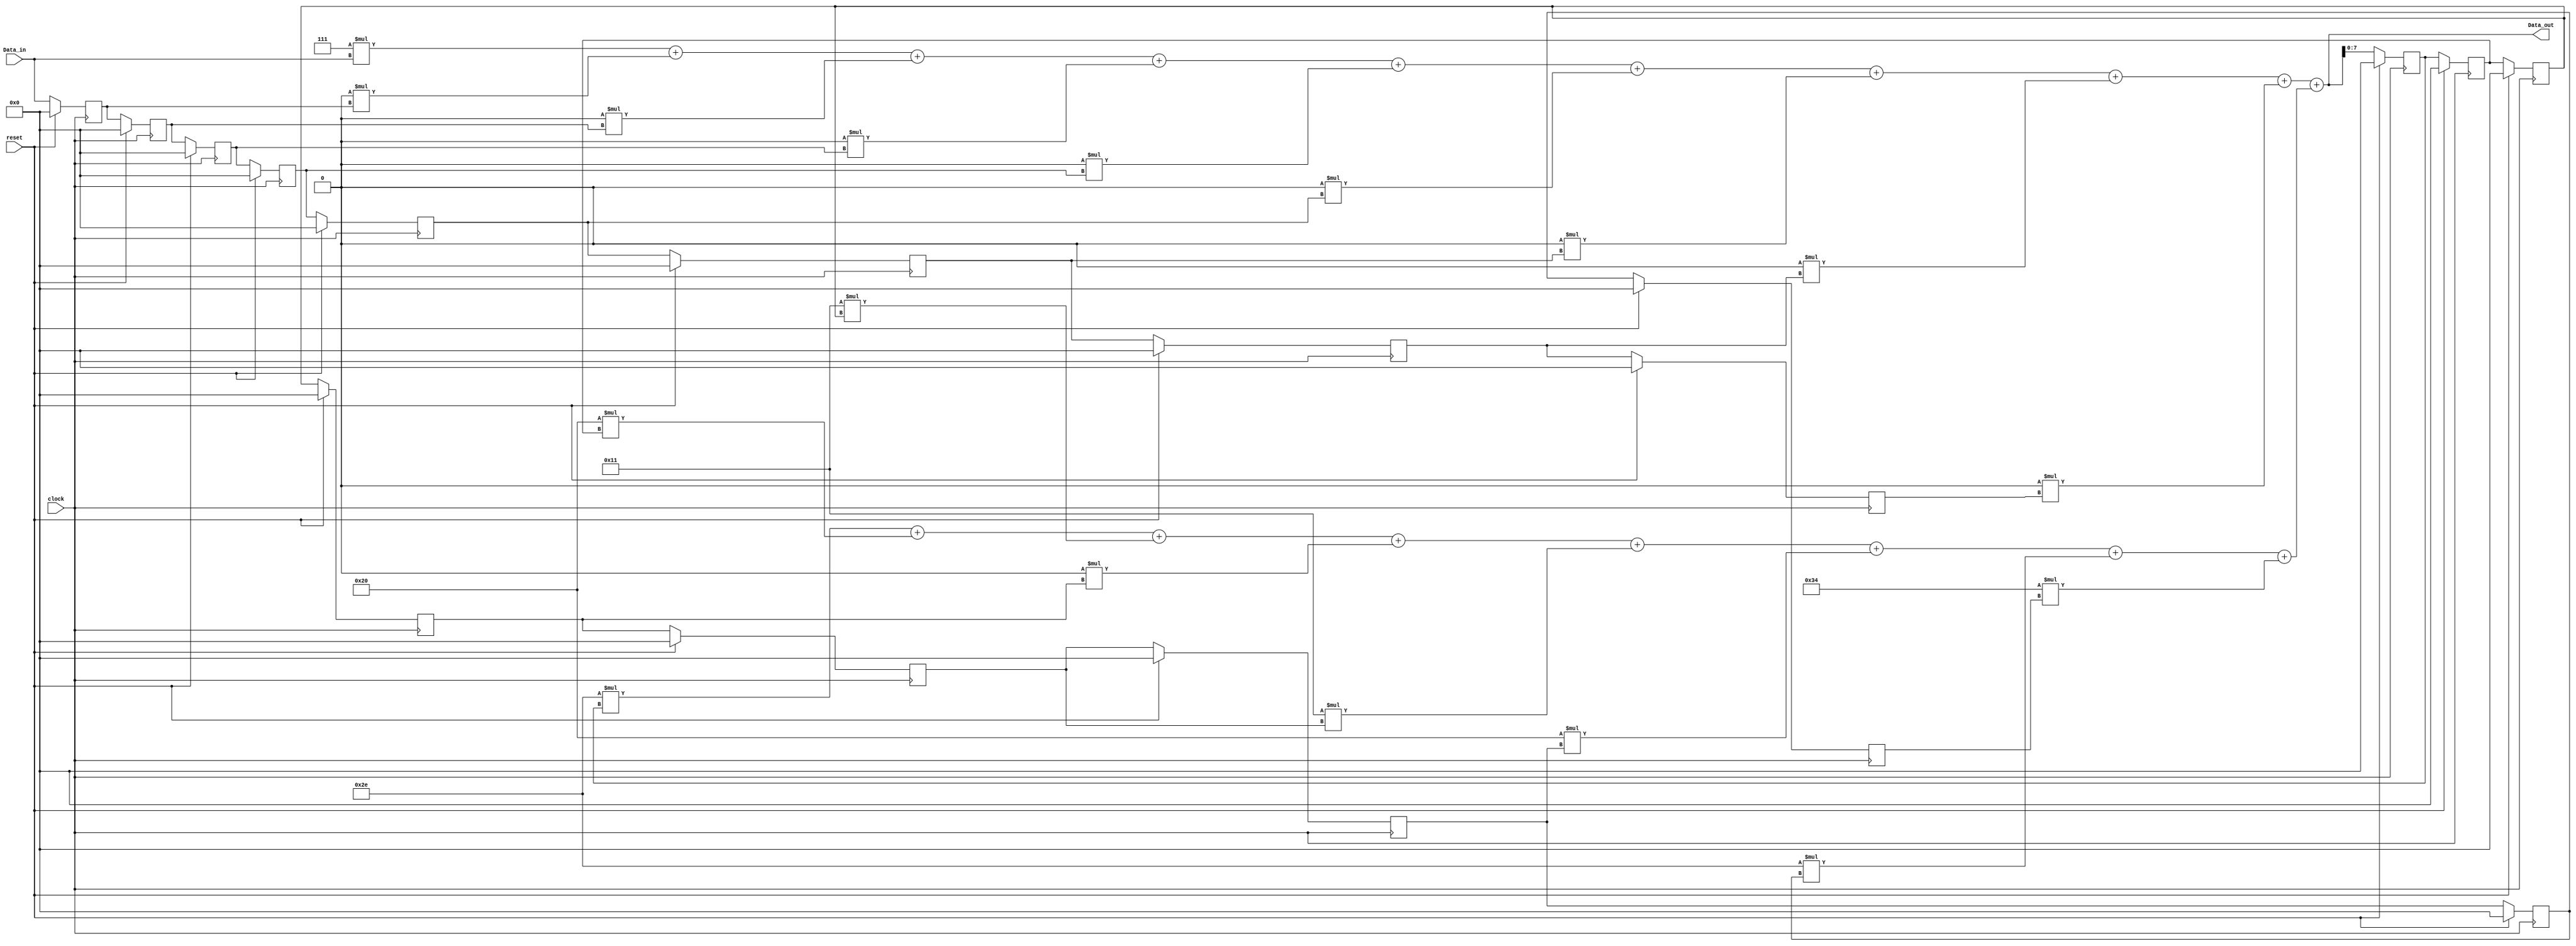
module IIR_Filter_8 (Data_out, Data_in, clock, reset);
   // Eighth-order, Generic IIR Filter
  parameter	order = 8;
  parameter	word_size_in = 8;				 	 
  parameter	word_size_out = 2*word_size_in + 2;
  output		[word_size_out -1: 0] Data_out;
  input		[word_size_in-1: 0] Data_in;
  input		clock, reset;

  parameter 	b0 = 8'd7;	// Feedforward filter coefficients
  parameter	b1 = 0;
  parameter	b2 = 0;
  parameter	b3 = 0;
  parameter	b4 = 0;
  parameter	b5 = 0;
  parameter	b6 = 0;
  parameter	b7 = 0;
  parameter	b8 = 0;
/*
  parameter 	b0 = 8'd7;	// Feedforward filter coefficients
  parameter	b1 = 8'd17;
  parameter	b2 = 8'd32;
  parameter	b3 = 8'd46;
  parameter	b4 = 8'd52;
  parameter	b5 = 8'd46;
  parameter	b6 = 8'd32;
  parameter	b7 = 8'd17;
  parameter	b8 = 8'd7;
*/

  parameter	a1 = 8'd46; 	// Feedback filter coefficients
  parameter	a2 = 8'd32;
  parameter	a3 = 8'd17;
  parameter	a4 = 8'd0;
  parameter	a5 = 8'd17;
  parameter	a6 = 8'd32;
  parameter	a7 = 8'd46;
  parameter	a8 = 8'd52;

  reg		[word_size_in-1: 0] 	Samples_in [1: order];
  reg		[word_size_in-1: 0] 	Samples_out [1: order];
  wire 		[word_size_out -1: 0] 	Data_feedforward;
  wire 		[word_size_out -1: 0] 	Data_feedback;

  integer		k;

 assign Data_feedforward =	   b0 * Data_in
				+ b1 * Samples_in[1] 
+ b2 * Samples_in[2] 
+ b3 * Samples_in[3]
+ b4 * Samples_in[4]
+ b5 * Samples_in[5]
+ b6 * Samples_in[6]
+ b7 * Samples_in[7]
+ b8 * Samples_in[8];
 
  assign Data_feedback =	  	   a1 * Samples_out [1]
				+ a2 * Samples_out [2]
				+ a3 * Samples_out [3]
				+ a4 * Samples_out [4]
+ a5 * Samples_out [5]
				+ a6 * Samples_out [6]
				+ a7 * Samples_out [7]
				+ a8 * Samples_out [8];

  assign Data_out = Data_feedforward + Data_feedback;

  always @ (posedge clock) 
    if (reset == 1) for (k = 1; k <= order; k = k+1) begin
      Samples_in [k] <= 0;
      Samples_out [k] <= 0;
    end 
    else begin
      Samples_in [1] <= Data_in;
      Samples_out [1] <= Data_out;
      for (k = 2; k <= order; k = k+1) begin 
        Samples_in [k] <= Samples_in [k-1];  
	        Samples_out [k] <= Samples_out [k-1];
	      end
    end
endmodule